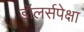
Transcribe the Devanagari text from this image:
डॉलर्सपेक्षा